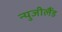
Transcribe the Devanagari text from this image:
न्युजीलैंड